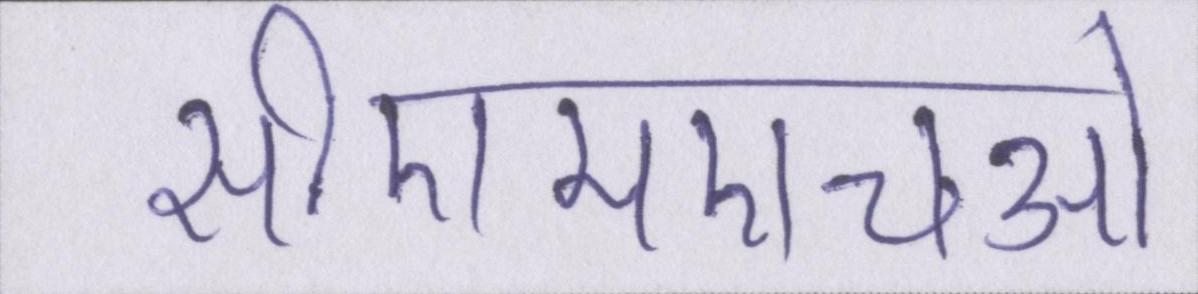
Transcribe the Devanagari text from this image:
सीएमएचओ